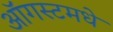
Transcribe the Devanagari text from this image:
ऑगस्टमधे